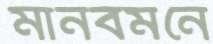
মানবমনে